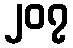
၂၀၇